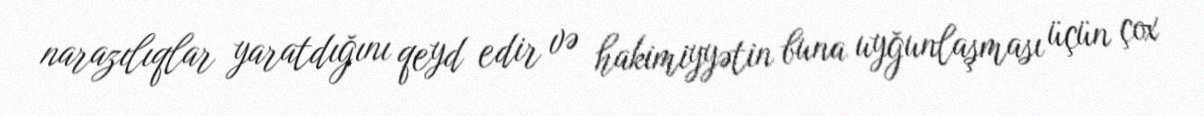
narazılıqlar yaratdığını qeyd edir və hakimiyyətin buna uyğunlaşması üçün çox